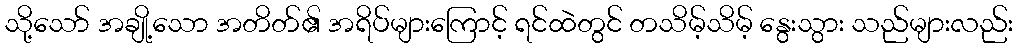
သို့သော် အချို့သော အတိတ်၏ အရိပ်များကြောင့် ရင်ထဲတွင် တသိမ့်သိမ့် နွေးသွား သည်များလည်း